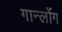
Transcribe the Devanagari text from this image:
गान्लोंग